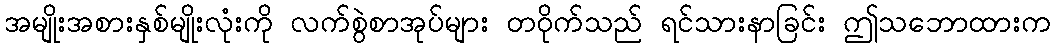
အမျိုးအစားနှစ်မျိုးလုံးကို လက်စွဲစာအုပ်များ တဝိုက်သည် ရင်သားနာခြင်း ဤသဘောထားက